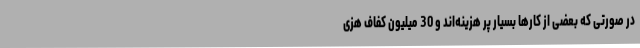
در صورتی که بعضی از کارها بسیار پر هزینه‌اند و 30 میلیون کفاف هزی